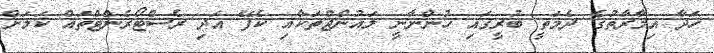
ހަދާ އިމާރާތުގެ ދެމަތީ ބުރީގައި ހުންނާނީ ލައުންޖްތަކާއި ކެފޭ އަދި ރެސްޓޯރެންޓްތައް ކަމަށް